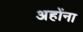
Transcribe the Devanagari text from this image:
अहोंना